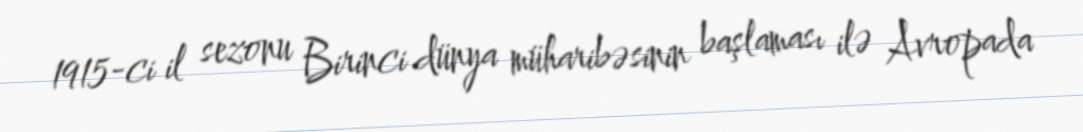
1915-ci il sezonu Birinci dünya müharibəsinin başlaması ilə Avropada